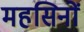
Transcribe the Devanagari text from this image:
महसिनों